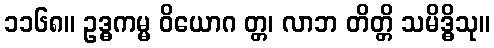
၁၁၆၈။ ဥဒ္ဓကမ္မ ဝိယောဂ တ္တ၊ လာဘ တိတ္တိ သမိဒ္ဓိသု။